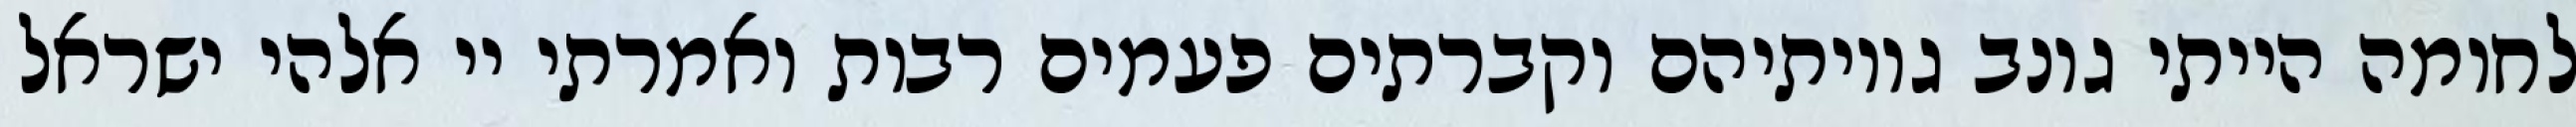
לחומה הייתי גונב גויותיהם וקברתים פעמים רבות ואמרתי יי אלהי ישראל